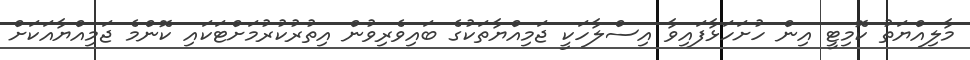
މާލިއްޔަތު ކޮމިޓީ އިން ހުށަހަޅާފައިވާ އިސްލާހަކީ ޖަމިއްޔާތަކުގެ ބައިވެރިވުން އިތުރުކުރުމަށްޓަކައި ކޮންމެ ޖަމިއްޔާއަކަށް